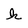
Character: k